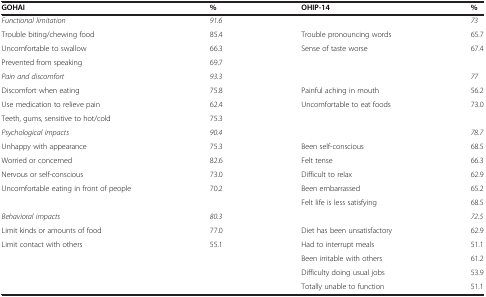
| GOHAI | % | OHIP-14 | % |
 | --- | --- | --- | --- |
 | Functional limitation | 91.6 |  | 73 |
 | Trouble biting/chewing food | 85.4 | Trouble pronouncing words | 65.7 |
 | Uncomfortable to swallow | 66.3 | Sense of taste worse | 67.4 |
 | Prevented from speaking | 69.7 |  |  |
 | Pain and discomfort | 93.3 |  | 77 |
 | Discomfort when eating | 75.8 | Painful aching in mouth | 56.2 |
 | Use medication to relieve pain | 62.4 | Uncomfortable to eat foods | 73.0 |
 | Teeth, gums, sensitive to hot/cold | 75.3 |  |  |
 | Psychological impacts | 90.4 |  | 78.7 |
 | Unhappy with appearance | 75.3 | Been self-conscious | 68.5 |
 | Worried or concerned | 82.6 | Felt tense | 66.3 |
 | Nervous or self-conscious | 73.0 | Difficult to relax | 62.9 |
 | Uncomfortable eating in front of people | 70.2 | Been embarrassed | 65.2 |
 |  |  | Felt life is less satisfying | 68.5 |
 | Behavioral impacts | 80.3 |  | 72.5 |
 | Limit kinds or amounts of food | 77.0 | Diet has been unsatisfactory | 62.9 |
 | Limit contact with others | 55.1 | Had to interrupt meals | 51.1 |
 | <ROWSPAN=2>  | <ROWSPAN=2>  | Been irritable with others | 61.2 |
 | Difficulty doing usual jobs | 53.9 |
 |  |  | Totally unable to function | 51.1 |